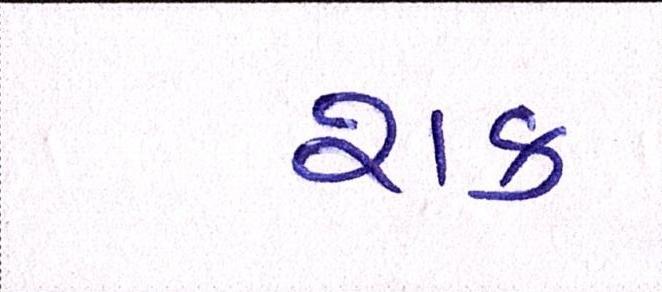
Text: શક